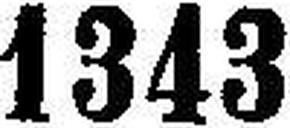
1343